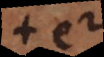
+ e